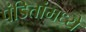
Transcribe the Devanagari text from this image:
पंडितांमध्यें